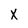
Character: X